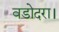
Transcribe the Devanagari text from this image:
वडोदरा।